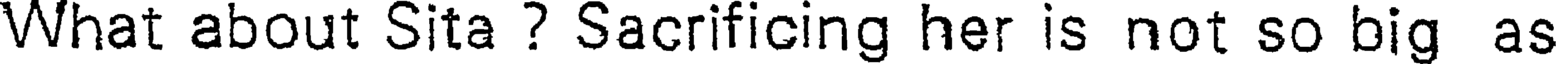
What about Sita ? Sacrificing her is not so big as